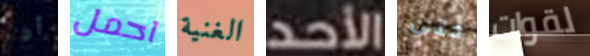
أن احمل الغنية الأحد حتى لقوات